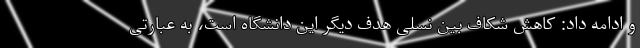
و ادامه داد: کاهش شکاف بین نسلی هدف دیگر این دانشگاه است، به عبارتی